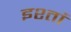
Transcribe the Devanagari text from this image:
इश्तां